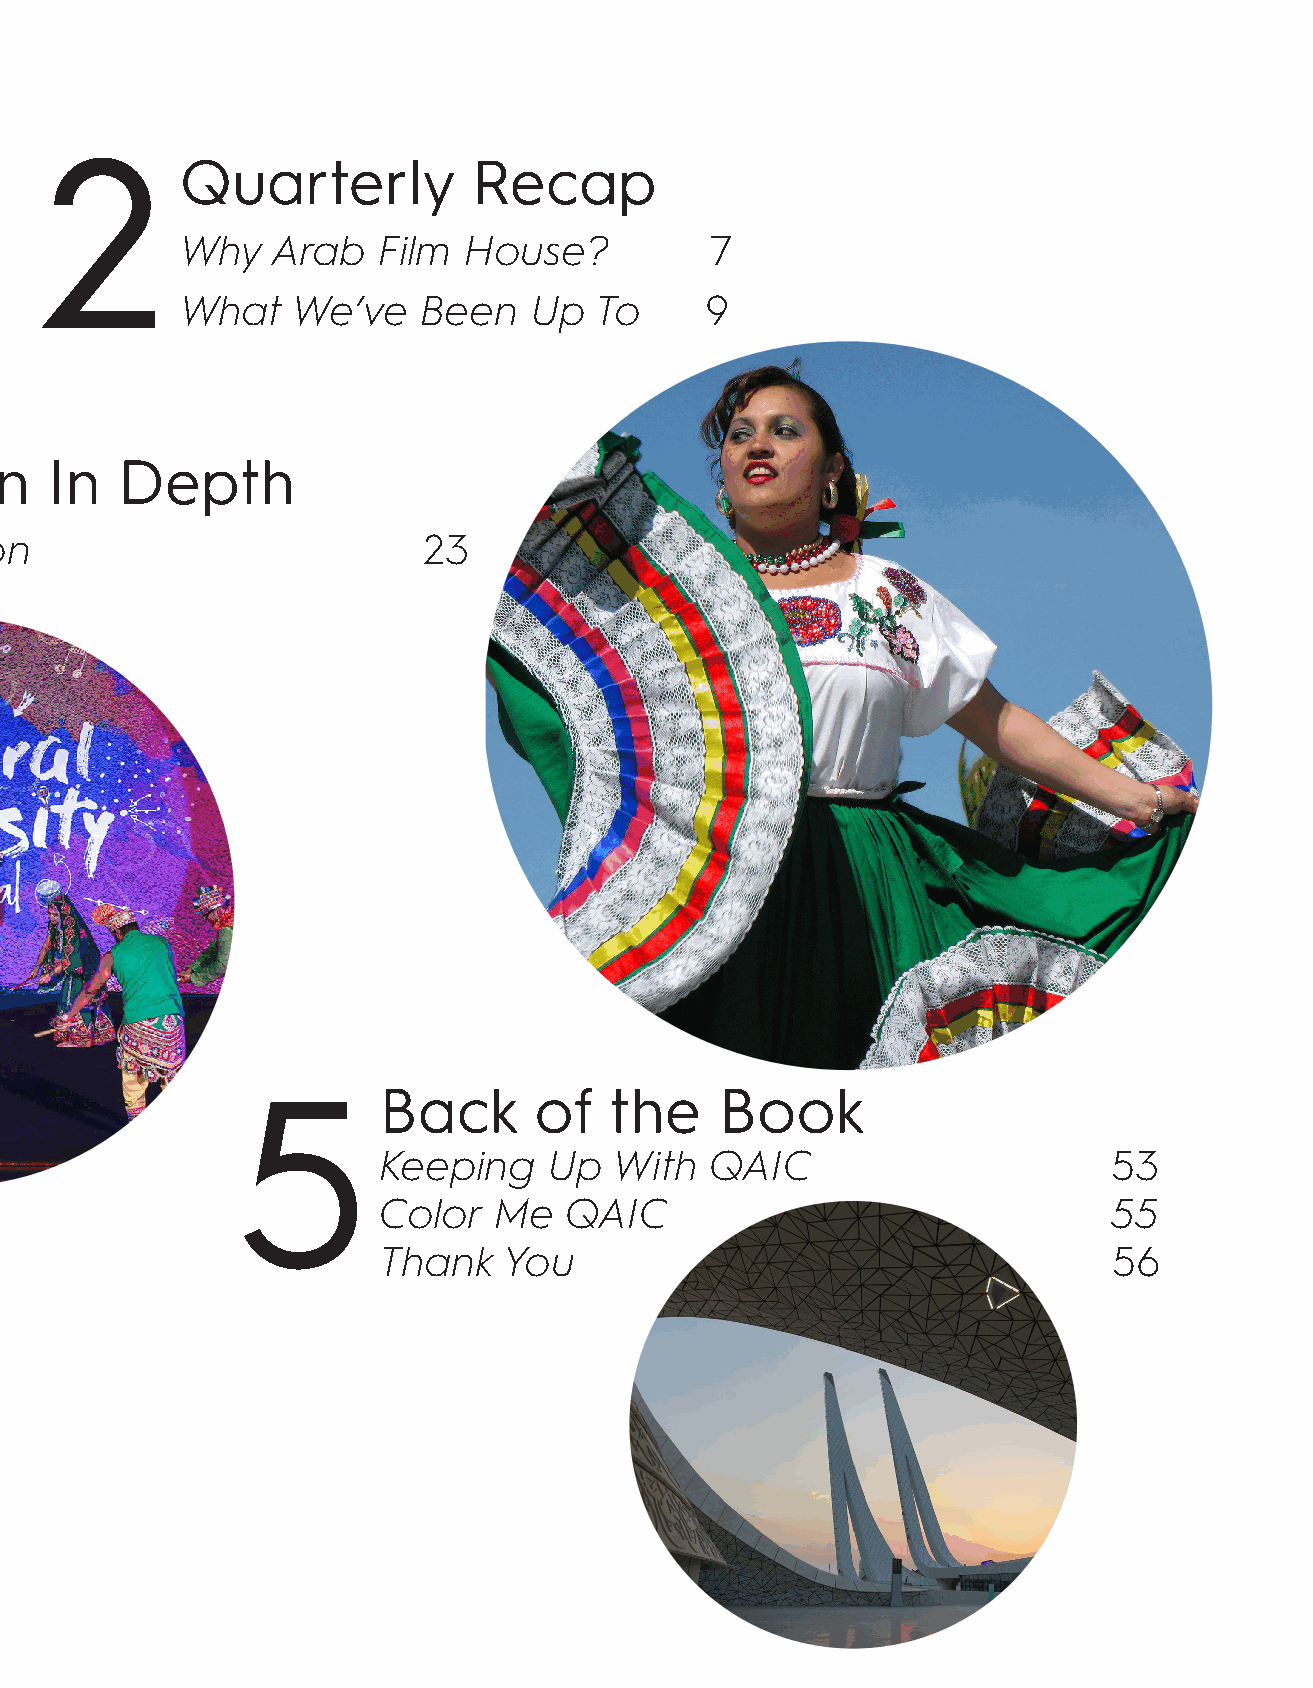
2
 Quarterly          Recap
 Why   Arab   Film  House?          7
 What   We’ve    Been   Up  To      9
 Exhibition In Depth
 Cultural Fusion             23
 5        Back      of   the     Book
 Keeping    Up   With  QAIC                       53
 Color   Me  QAIC                                 55
 The Brand Identity of The National Museum of Qatar Thank You              56
 by AbdulRahman Kame, QAIC Fellow 29
 Blue Hues 37
 Robots, Qatar, and the Women of Afghanistan
 by Dr. Chuck Thorpe, QAIC Board of Directors 45
 Diversity Profile: Qatar-America 49